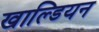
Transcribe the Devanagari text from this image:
खाल्डियन